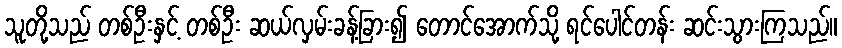
သူတို့သည် တစ်ဦးနှင့် တစ်ဦး ဆယ်လှမ်းခန့်ခြား၍ တောင်အောက်သို့ ရင်ပေါင်တန်း ဆင်းသွားကြသည်။